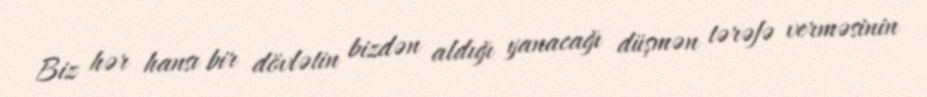
Biz hər hansı bir dövlətin bizdən aldığı yanacağı düşmən tərəfə verməsinin